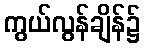
ကွယ်လွန်ချိန်၌